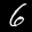
Label: 6